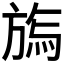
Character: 𣄊